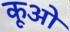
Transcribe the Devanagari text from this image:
कूओ